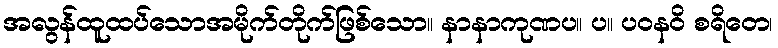
အလွန်ထူထပ်သောအမိုက်တိုက်ဖြစ်သော။ နာနာကုဏပ။ ပ။ ပဝနဝိ စရိတေ၊